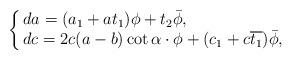
LaTeX: \begin{align*}\left. \bigg\{\begin{array}{@{\,}ll}da = (a_{1} + at_{1}) \phi + t_{2}\bar{\phi}, \\dc = 2c(a- b)\cot\alpha\cdot \phi + (c_{1} + c\overline{t_{1}}) \bar{\phi},\end{array}\right.\end{align*}